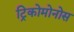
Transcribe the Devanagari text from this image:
ट्रिकोमोनोस